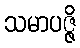
သမာပဇ္ဇိ